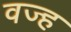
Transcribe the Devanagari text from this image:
वज्ह